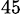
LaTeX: _{45}